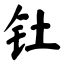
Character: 钍